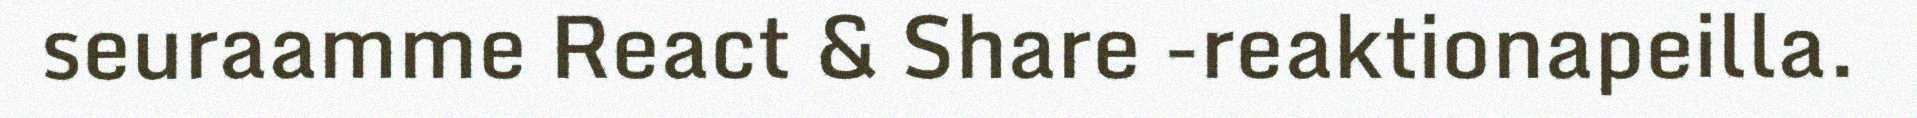
seuraamme React & Share -reaktionapeilla.